Vital statistics of India. Vol. IV, Annual returns from 1871 to 1876. British Army of India, Native Army and jails of Bengal
Year: 1871
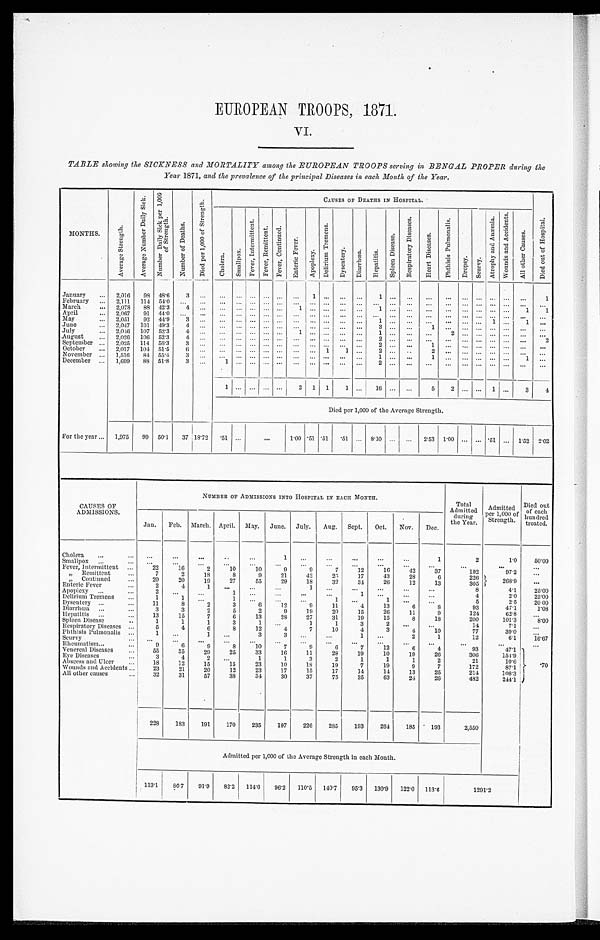
EUROPEAN TROOPS, 1871.
TABLE showing the SICKNESS and MORTALITY among the EUROPEAN TROOPS serving in BENGAL PROPER during the
Year 1871, and the prevalence of the principal Diseases in each Month of the Year.
MONTHS.
A v e r a g e s t r e n g t h A v e r a g e N u m b e r D a i l y S i c k . N u m b e r D a i l y S i c k p e r 1 , 0 0 0 o f s t r e n g t h .
N u m b e r o f d e a t h s .
D i e d p e r 1 , 0 0 0 o f S t r e n g t h .
C A U S E S O F D E A T H S I N H O S P I T A L .
C h o l e r a . S m a l l p o x .
F e v e r , I n t e r m i t t e n t . F e v e r R e m i t t e n t . F e v e r , C o n t i n u e d .
E n t e r i c F e v e r .
A p o p l e x y
D e l i r i u m T r e m e n u s .
D y s e n t e r y .
D i a r r h œ a . H e p a t i t i s .
S p l e e n D i s e a s e .
R e s p i r a t o r y D i s e n s e s .
H e a r t D i s e a s e s
P h t h i s i s P u l m o n a l i s .
D r o p s y .
S c u r v y
A t r o p h y a n d A n æ m i a .
W o u n d s a n d A c c i d e n t s .
A l l o t h e r C a u s e s .
D i e d o u t o f H o s p i t a l .
January ... 2,016 98 48.6 3
...
... ... ... ... ... ...
1 . . . ... . . . 1
. . . . . . ... ... . . . . . . . . . ... ...
1
February ... 2,111 114 54.0 ... ... ... ... . . . ... ... . . . . . . ...
. . . . . . . . . . . . . . . .... ... ... ... ... ... . . . ...
March
... 2,078 88 42.3 4 ... ... ... ... ... ... 1
. . . . . . . ... 1 ... . . . . . . ...
. . . . . . . . . . . . . . . 1 1
April
2.067 9144.0
. . .
... ... ... . . .... . . . ... . . . . . . ... . . . ... . . . ... ... ... ... . . . . . . ... ...
. . .
May
2,051 9244.9
3 ... ....... . . .... . . . ... . . . . . . ... . . . 1
. . . . . . ... ... . . . . . . 1 ...
1 ...
June
2,047 101 49.3 4 ... ... ... ... ... ... . . .
. . . . ... ...
. . . 3 . . . . . . 1 ... ... ... ... ... ... ...
July
2,046 107 52.3 4 ... ... ... ... ... ... 1 . . . . . . ... . . . 1 . . . . . .
. . . 2 ...
... . . . . . . .
. . .
August ... 2,026 106 52.3 4 . . . ... ... . . .... . . . ... ... ... ... ...
2 . . . . . . ... ... ... ... ... ... ...
2
September ... 2,025 114 56.3 3 ...
. . . ... . . .
... ... ... ... ... ...
2 . . . . . . 1 ... . . . . . . . . . . . . ... ...
October ... 2,017 104 51.5
6 ...
... ... ... ... ... ...
1 1 ... 2
2
. ... ... ... ... ...
November ... 1,516 84 55.4 3 ... ... ... . . .
... ... ... ...
... 1 . . . . . . 1 ...
. . . ... ... ... 1 ...
December ... 1,699 88 51.8
3 ...
. . . ...
... ... ... ... ... ... ... ...
2 . . . . . .
. . . ... . . . . . . . . . . . .
... ...
1 ...
. . .
... ... 2 1 1 1 ... 16 ...
. . . 5 2 . . . . . . 1 . . . 3 4
Died per 1,000 of the Average Strength.
For the year ... 1,975 99 50.1 37 18.72 . 51 ...
. . . ...
1.00 .51 .51
. 5 1 ... 8.10 ... ... 2.53 1.00 ... ... .51 ... 1.52 2.02
CAUSES OF
ADMISSIONS.
NUMBER OF ADMISSIONS INTO HOSPITAL IN EACH MONTH.
Total
Admi t t ed duri ng.
the Year.
Admitted
per 1, 000 of St r engt h.
Died out
of each
hundre d t r e a t e d .
Jan. Feb. March. April. May. June. July. Aug. Sept. Oct. Nov. Dec.
Cholera ...
. . .
...
...
..
...
1 ...
. . . ...
. . .
...
1
2
1.0
50.00
Smallpox ...
... ...
...
. . . ...
...
...
...
...
. . . ...
...
...
...
. . .
...
Fever, Intermittent
22
16
2
10
10
9
9
7
12
16
42
37
192
97.2
. . .
„ Remittent
7
2
18
8
9 21
42
25 17
43
28
6
226
268.9
„ Continued
...
20
20
19
27
55
29
18
32
34
26
12
13
305
. . .
Enteric Fever
...
2
4
1
. . .
. . . ...
1
. . . ...
. . .
...
...
8
4.1
25.00
Apoplexy ...
2
. . .
. . . 1 ...
...
...
...
1
. . . ...
. . .
4
2.0 25.00
Delirium Tremens
1
1
. . . 1
. . .
. . .
. . .
1
. . .
1 ...
...
5
2.5 20 00
Dysentery ...
11
8
2
3
6
6
12
9
11
4
13
6
8
93
47.1
1.08
Diarrhœa ...
...
3
3
2
5
2
9
19
20
15
26
11
9
124
62.8
. . .
Hepatitis ... ... 13
15
7
6
13
28
27
31
19
15
8 18
200
101.3
8.00
Spleen Disease
...
1
1
1
3
1 ...
1
1
3
2 ...
...
14
7.1
. . .
Respiratory Diseases ...
5
4
6
8
12
4
7
10
4
3
4
10
77
39.0
. . .
Phthisis Pulmonalis ...
1 ...
1
. . .
3
3
. . . ...
1 . . .
2
1
12
6.1 16.67
Scurvy
... . . .
. . .
. . .
...
...
...
. . .
. . .
. . .
...
. . .
. . .
. . .
. . .
. . .
Rheumatism...
...
9
6
9
8
10
7
9
6
7
12
6
4
93
47.1
.70
Venereal Diseases ... 55
35
29
25
33
16
11
28
19
10
19
26
306
151.9
Eye Diseases
...
3
4
2
. . .
1
1
3
2
1
1
1
2
21
10.6
Abscess and Ulcer ...
. 1 8 12
15
15
23
10
18
19
7
19
9
7
172
87.1
Wounds and Accidents ...
23
21
20
12
23
17
15
17
14
14
13
25
214
108.3
All other causes
..
32
31
57
38 34
30
37
75
35
63
24
26
482
244.1
228 183 191 170 235 197 226 285 193 264 185 193
2,550
Admitted per 1,000 of the Average Strength in each Month.
113.1 86.7 91.9 82.2 114.6 96.2 110.5 140.7 95.3 130.9 122.0 113.6
1291.2